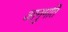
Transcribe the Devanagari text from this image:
आनुमति